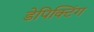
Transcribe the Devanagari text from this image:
डेपिक्टिंग